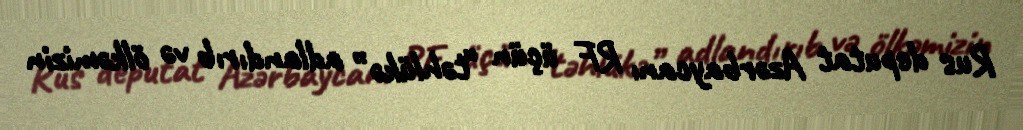
Rus deputat Azərbaycanı RF üçün “təhlükə” adlandırıb və ölkəmizin